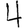
Digit: 4